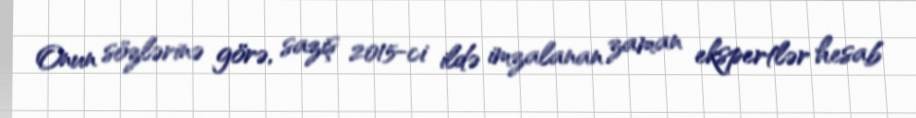
Onun sözlərinə görə, saziş 2015-ci ildə imzalanan zaman ekspertlər hesab